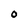
Character: O